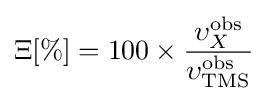
\Xi [\%]=100\times {\frac {\upsilon _{X}^{\text{obs}}}{\upsilon _{\text{TMS}}^{\text{obs}}}}